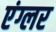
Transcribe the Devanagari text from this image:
एंग्लर